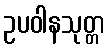
ဥပဝါနသုတ္တ